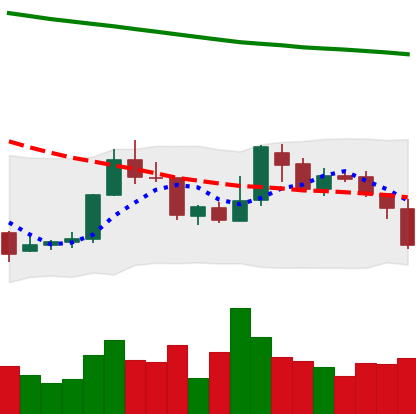
Ticker: XMR-USD
Chart end date: 2018-07-31
Forward return: -4.124%
Label: down_3_5